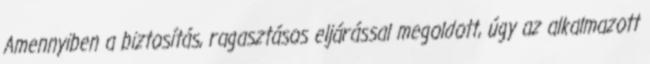
Amennyiben a biztosítás, ragasztásos eljárással megoldott, úgy az alkalmazott